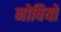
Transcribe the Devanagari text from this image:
नोवियो